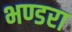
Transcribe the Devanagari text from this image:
भण्डरा